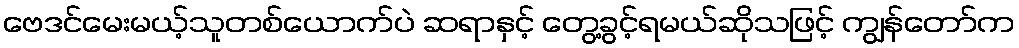
ဗေဒင်မေးမယ့်သူတစ်ယောက်ပဲ ဆရာနှင့် တွေ့ခွင့်ရမယ်ဆိုသဖြင့် ကျွန်တော်က